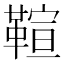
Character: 𩋢